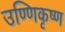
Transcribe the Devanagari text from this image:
उण्णिकृष्ण